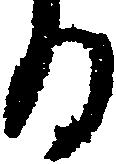
る